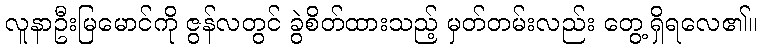
လူနာဦးမြမောင်ကို ဇွန်လတွင် ခွဲစိတ်ထားသည့် မှတ်တမ်းလည်း တွေ့ရှိရလေ၏။